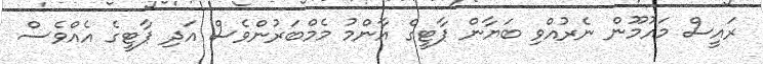
ރައީސް މައުމޫން ނެރުއްވި ބަޔާން ޕާޓީގެ އާންމު މެމްބަރުންވެސް އަދި ޕާޓީގެ އެއްވެސް